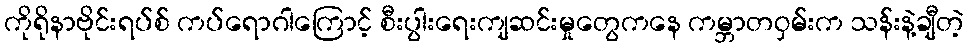
ကိုရိုနာဗိုင်းရပ်စ် ကပ်ရောဂါကြောင့် စီးပွါးရေးကျဆင်းမှုတွေကနေ ကမ္ဘာတဝှမ်းက သန်းနဲ့ချီတဲ့